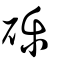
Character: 礫